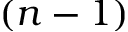
( n - 1 )